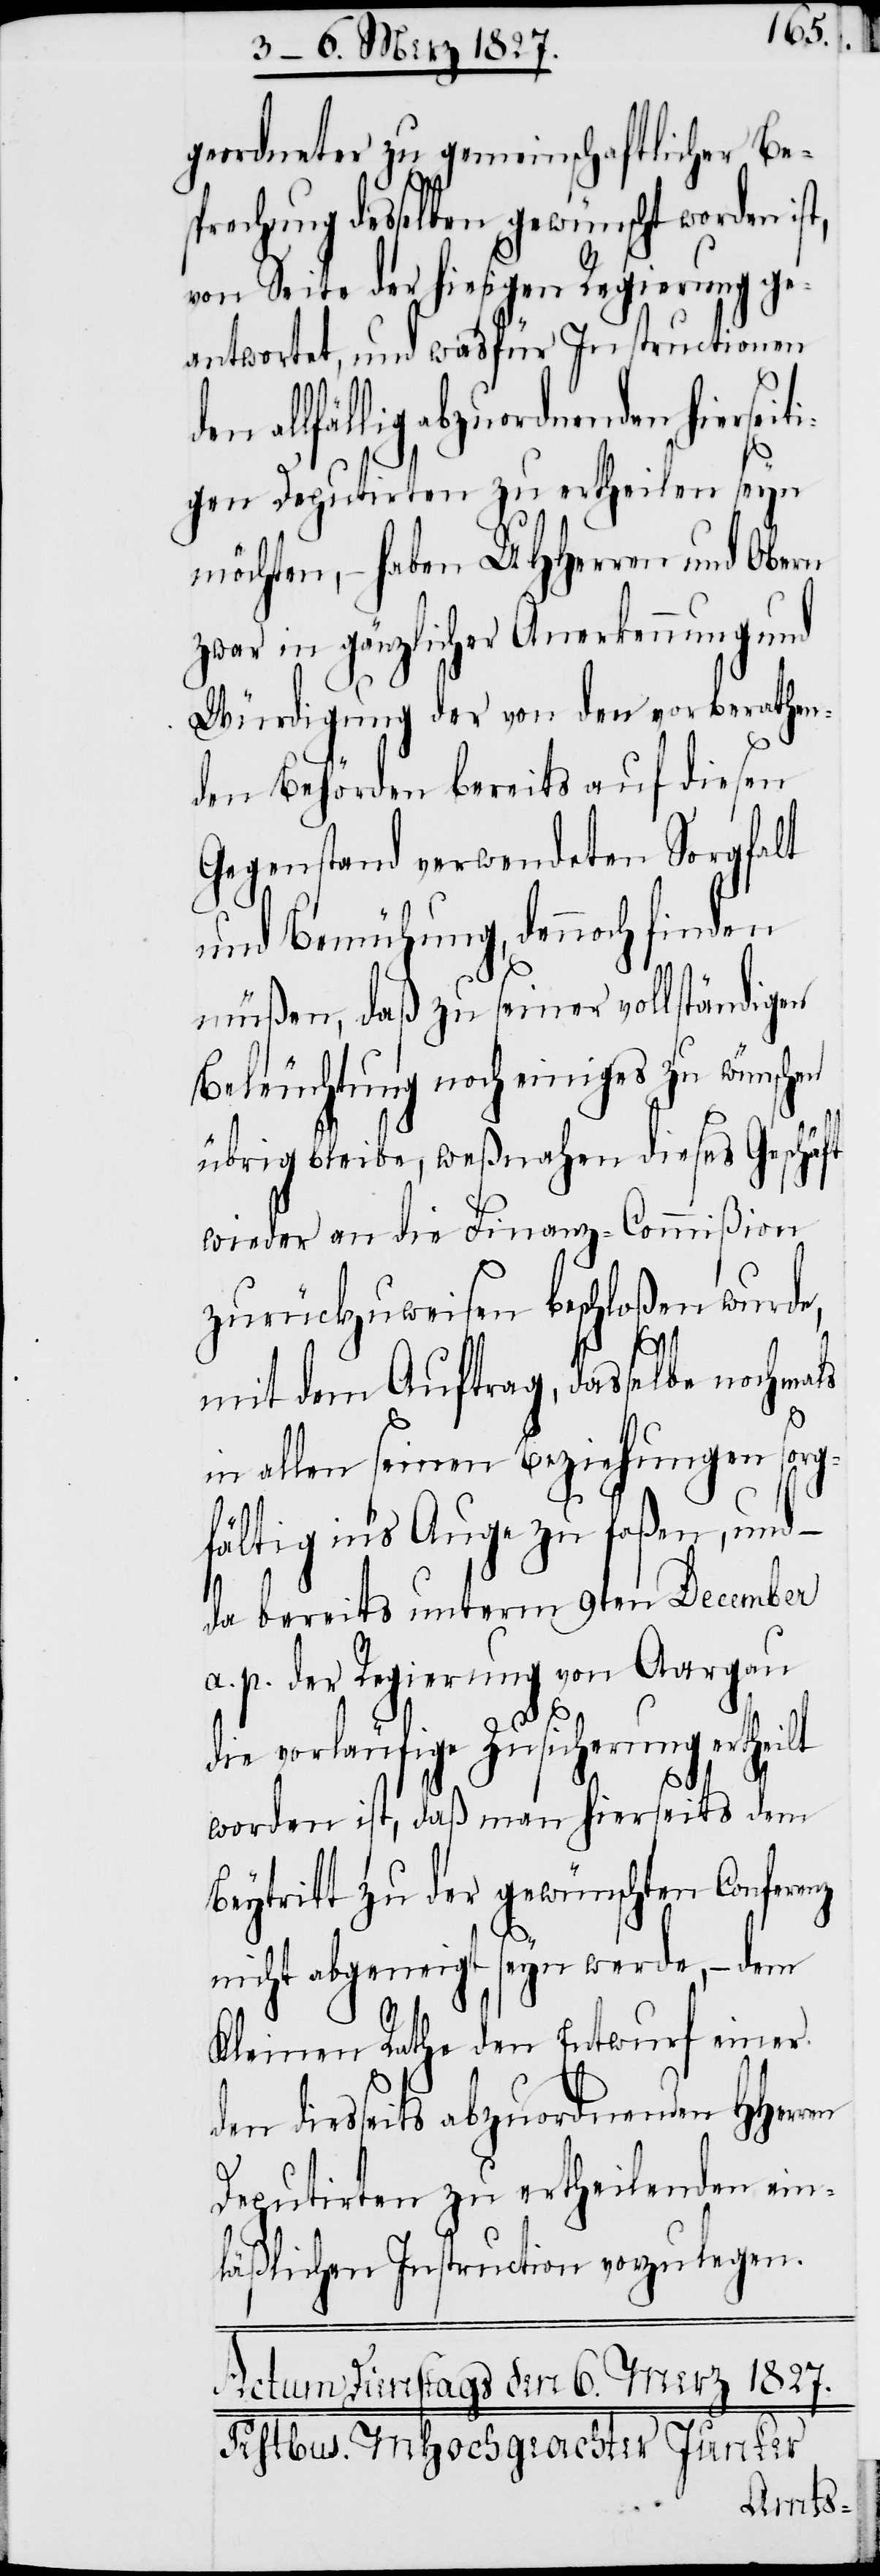
äft
geordneter zu gemeinschaftlicher Besp¬
rechung desselben gewünscht worden
von Seite der hiesigen Regierung ge¬
antwortet, und wasfür Instructionen
allfällig abzuordnenden hiersei¬
tigen Deputirten zu ertheilen seyn
möchten, – haben UHHerren und Obern
zwar in gänzlicher Anerkennung und
Würdigung der von den vorberathen¬
den Behörden bereits auf diesen
Gegenstand verwendeten Sorgfalt
und Bemühung, dennoch finden
müßen, daß zu seiner vollständigen
Beleuchtung noch einiges zu wünschen
übrig bleibe, weßnahen dieses Gesch¬
wieder an die Finanz-Commißion
zurückzuweisen beschloßen wurde,
mit dem Auftrag, dasselbe nochmals
in allen seinen Beziehungen sorg¬
fältig in’s Auge zu faßen, und
–
da bereits unterm 9ten December
a. p. der Regierung von Aargau
die vorläufige Zusicherung ertheilt
worden ist, daß man hierseits dem
Beytritt zu der gewünschten Conferenz
nicht abgeneigt seyn werde, – dem
Kleinen Rathe den Entwurf einer
den diesseits abzuordnenden HHerren
Depurtirten zu ertheilenden ein¬
läßlichen Instruction vorzulegen.